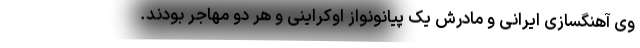
وی آهنگسازی ایرانی و مادرش یک پیانونواز اوکراینی و هر دو مهاجر بودند.